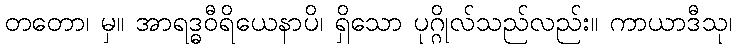
တတော၊ မှ။ အာရဒ္ဓဝီရိယေနာပိ၊ ရှိသော ပုဂ္ဂိုလ်သည်လည်း။ ကာယာဒီသု၊